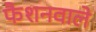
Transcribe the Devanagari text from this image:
फैशनवाले